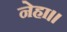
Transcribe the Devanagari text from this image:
नेहा।।